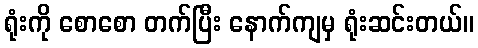
ရုံးကို စောစော တက်ပြီး နောက်ကျမှ ရုံးဆင်းတယ်။